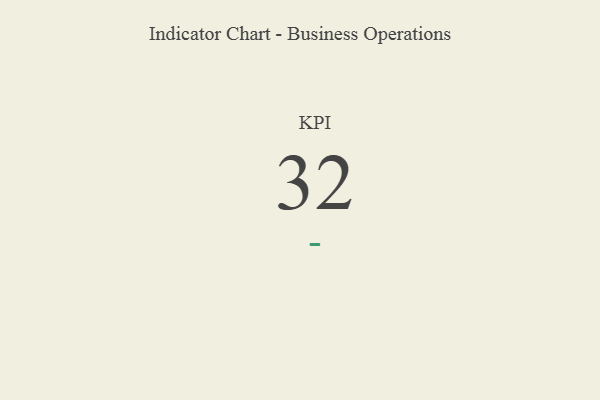
{"axis": {"x": "KPI", "y": "Value"}, "legend": [""], "data": [{"x": "KPI", "y": 32, "type": ""}]}